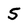
Character: 5